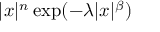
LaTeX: | x | ^ { n } \exp ( - \lambda | x | ^ { \beta } )